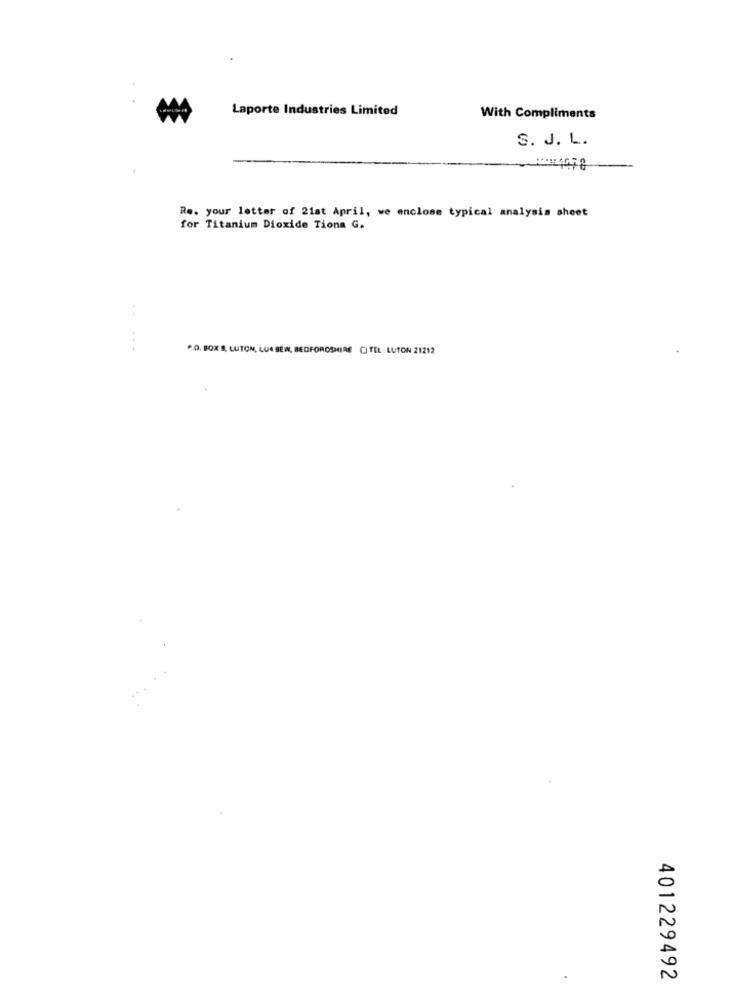
Laporte Industries Limited
With Compliments
S. J. L.
Re. your letter of 21st April, we enclose typical analysis sheet
for Titanium Dioxide Tions G.
.O. BOX B, LUTON, LUA BEN, BEDFORDSHIRE CI TEL: LUTON 21212
401229492